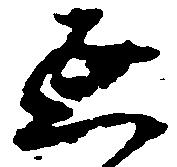
延